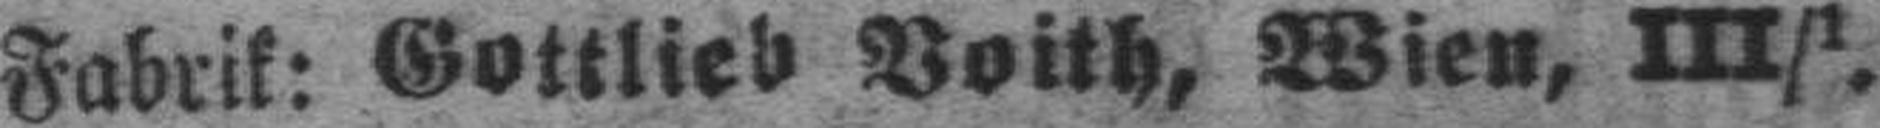
Fabrik: Gottlieb Voith, Wien, III/1.